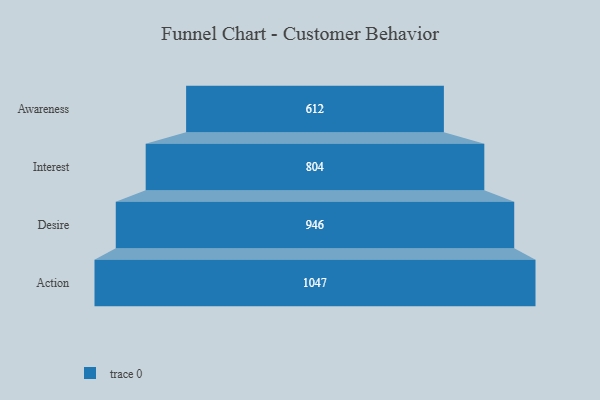
{"axis": {"x": "Stage", "y": "Value"}, "legend": [""], "data": [{"x": "Awareness", "y": 612.0, "type": ""}, {"x": "Interest", "y": 804.0, "type": ""}, {"x": "Desire", "y": 946.0, "type": ""}, {"x": "Action", "y": 1047.0, "type": ""}]}